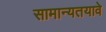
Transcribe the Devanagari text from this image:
सामान्यतयावे